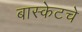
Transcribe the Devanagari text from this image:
बास्केटचे